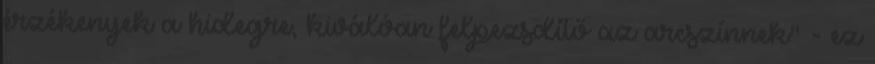
érzékenyek a hidegre, kiválóan felpezsdítő az arcszínnek" - ez